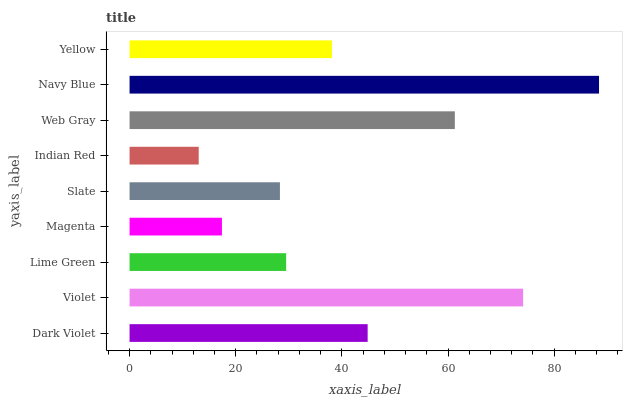
| yaxis_label | bars |
 | --- | --- |
 | Dark Violet | 44.9 |
 | Violet | 74.1 |
 | Lime Green | 29.5 |
 | Magenta | 17.4 |
 | Slate | 28.3 |
 | Indian Red | 13 |
 | Web Gray | 61.3 |
 | Navy Blue | 88.4 |
 | Yellow | 38.1 |